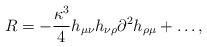
LaTeX: \begin{align*}R=-\frac{\kappa^3}4h_{\mu\nu}h_{\nu\rho}\partial^2h_{\rho\mu}+\ldots,\end{align*}